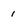
Character: i